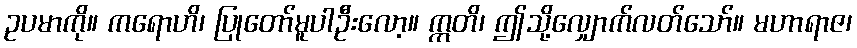
ဥပမာကို။ ကရောဟိ၊ ပြုတော်မူပါဦးလော့။ ဣတိ၊ ဤသို့လျှောက်လတ်သော်။ မဟာရာဇ၊